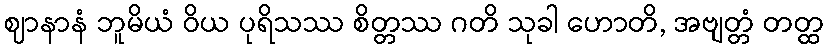
ဈာနာနံ ဘူမိယံ ဝိယ ပုရိသဿ စိတ္တဿ ဂတိ သုခါ ဟောတိ, အဗျတ္တံ တတ္ထ